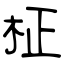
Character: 柾